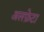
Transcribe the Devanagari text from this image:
अलफ़ेटा